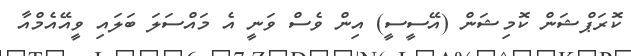
ކޮރަޕްޝަން ކޮމިޝަން (އޭސީސީ) އިން ވެސް ވަނީ އެ މައްސަލަ ބަލައި ވީއޭއެމްއާ